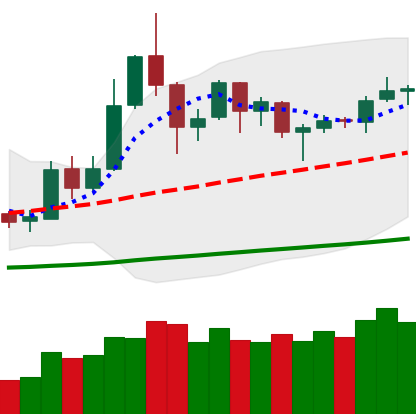
Ticker: DOGE-USD
Chart end date: 2019-05-28
Forward return: 7.942%
Label: up_7plus